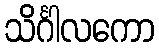
သိင်္ဂါလကော